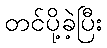
တင်ပို့ခဲ့ပြီး